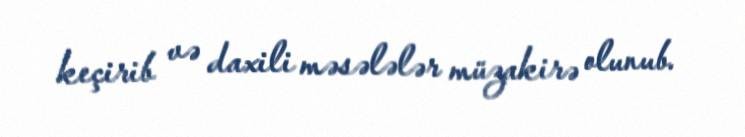
keçirib və daxili məsələlər müzakirə olunub.